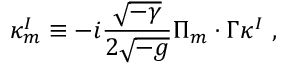
\kappa _ { m } ^ { I } \equiv - i \frac { \sqrt { - \gamma } } { 2 \sqrt { - g } } \Pi _ { m } \cdot \Gamma \kappa ^ { I } ~ ,